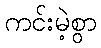
ကင်းမဲ့စွာ